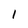
Character: l